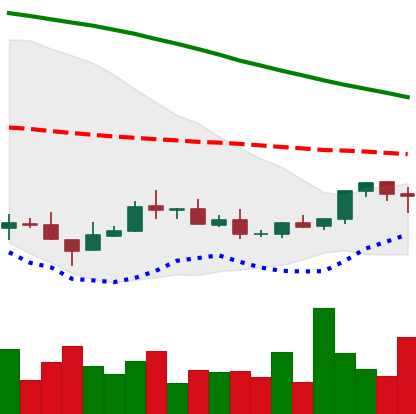
Ticker: XMR-USD
Chart end date: 2018-08-30
Forward return: 34.175%
Label: up_7plus